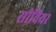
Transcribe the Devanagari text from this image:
सीवियर